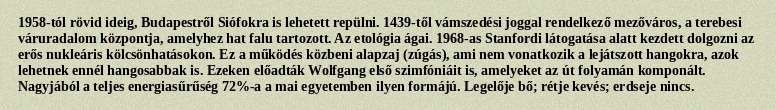
1958-tól rövid ideig, Budapestről Siófokra is lehetett repülni. 1439-től vámszedési joggal rendelkező mezőváros, a terebesi váruradalom központja, amelyhez hat falu tartozott. Az etológia ágai. 1968-as Stanfordi látogatása alatt kezdett dolgozni az erős nukleáris kölcsönhatásokon. Ez a működés közbeni alapzaj (zúgás), ami nem vonatkozik a lejátszott hangokra, azok lehetnek ennél hangosabbak is. Ezeken előadták Wolfgang első szimfóniáit is, amelyeket az út folyamán komponált. Nagyjából a teljes energiasűrűség 72%-a a mai egyetemben ilyen formájú. Legelője bő; rétje kevés; erdseje nincs.